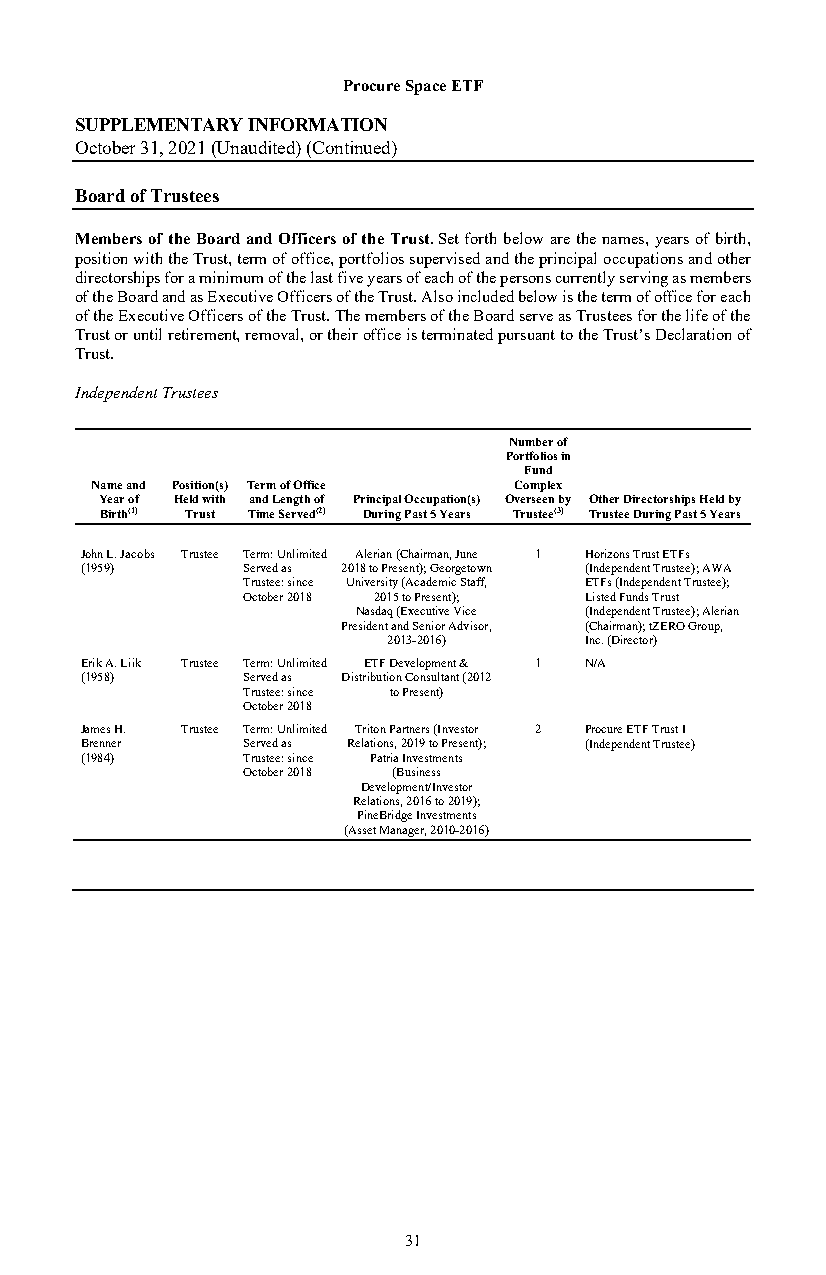
Procure Space ETF
 SUPPLEMENTARY INFORMATION
 October 31, 2021 (Unaudited) (Continued)
 Board of Trustees
 Members of the Board and Officers of the Trust. Set forth below are the names, years of birth,
 position with the Trust, term of office, portfolios supervised and the principal occupations and other
 directorships for a minimum of the last five years of each of the persons currently serving as members
 of the Board and as Executive Officers of the Trust. Also included below is the term of office for each
 of the Executive Officers of the Trust. The members of the Board serve as Trustees for the life of the
 Trust or until retirement, removal, or their office is terminated pursuant to the Trust’s Declaration of
 Trust.
 Independent Trustees
 Number of
 Portfolios in
 Fund
 Name and Position(s) Term of Office Complex
 Year of Held with and Length of Principal Occupation(s) Overseen by Other Directorships Held by
 Birth(1) Trust Time Served(2) During Past 5 Years Trustee(3) Trustee During Past 5 Years
 John L. Jacobs Trustee Term: Unlimited Alerian (Chairman, June 1 Horizons Trust ETFs
 (1959)     Served as 2018 to Present); Georgetown (Independent Trustee); AWA
 Trustee: since University (Academic Staff, ETFs (Independent Trustee);
 October 2018 2015 to Present); Listed Funds Trust
 Nasdaq (Executive Vice (Independent Trustee); Alerian
 President and Senior Advisor, (Chairman); tZERO Group,
 2013-2016)   Inc. (Director)
 Erik A. Liik Trustee Term: Unlimited ETF Development & 1 N/A
 (1958)     Served as Distribution Consultant (2012
 Trustee: since to Present)
 October 2018
 James H. Trustee Term: Unlimited Triton Partners (Investor 2 Procure ETF Trust I
 Brenner    Served as Relations, 2019 to Present); (Independent Trustee)
 (1984)     Trustee: since Patria Investments
 October 2018 (Business
 Development/Investor
 Relations, 2016 to 2019);
 PineBridge Investments
 (Asset Manager, 2010-2016)
 31